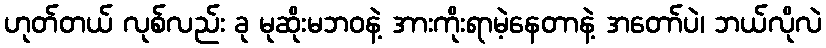
ဟုတ်တယ် လုစ်လည်း ခု မုဆိုးမဘဝနဲ့ အားကိုးရာမဲ့နေတာနဲ့ အတော်ပဲ၊ ဘယ်လိုလဲ